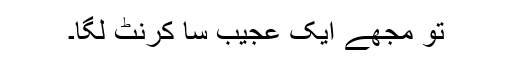
تو مجھے ایک عجیب سا کرنٹ لگا۔